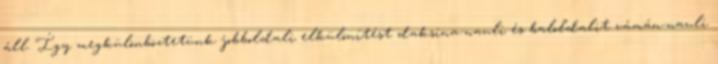
áll. Így megkülönböztetünk jobboldali elkülönítést daksina-nauli és baloldalit vámán-nauli